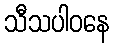
သီသပါဝနေ